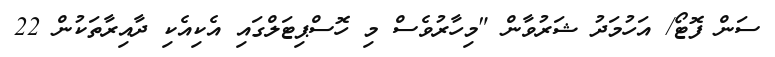
ސަން ފޮޓޯ/ އަހުމަދު ޝަރުވާން "މިހާރުވެސް މި ހޮސްޕިޓަލްގައި އެކިއެކި ދާއިރާތަކުން 22